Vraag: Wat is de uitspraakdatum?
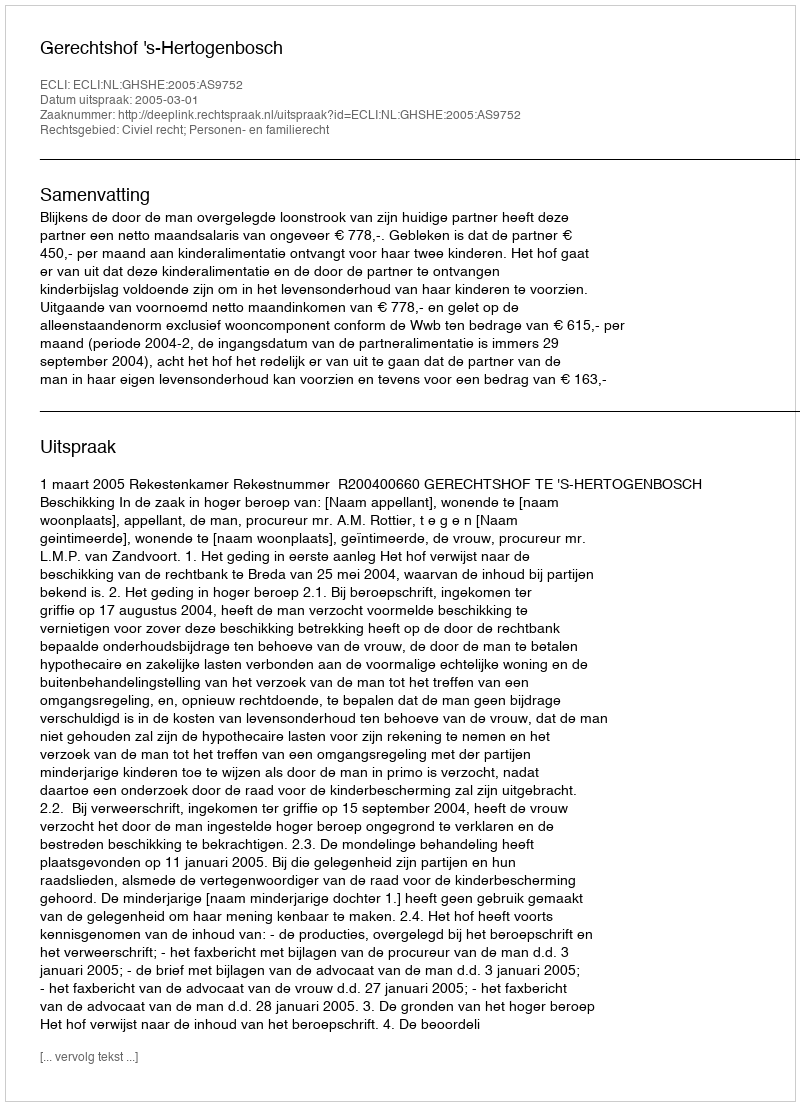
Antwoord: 2005-03-01